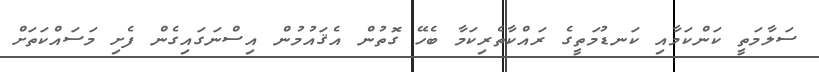
ސަލާމަތީ ކަންކަމާއި ކަނޑުމަތީގެ ރައްކާތެރިކަމާ ބެހޭ ގޮތުން އެޤައުމުން އިސްނަގައިގެން ފެށި މަސައްކަތަށް